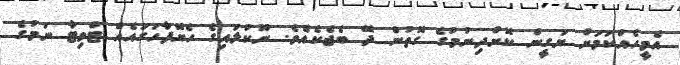
އެމީހެއްކަމަށް ޔަގީން ކޮށްދިނުމުގެ ގޮތުން ދޭ ބެޖެކެއެވެ. ނޫކުލައިގެ ހެޔޮފާހަގައެއް ޓްވިޓާ ނަމުގެ